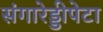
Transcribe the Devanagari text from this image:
संगारेड्डीपेटा